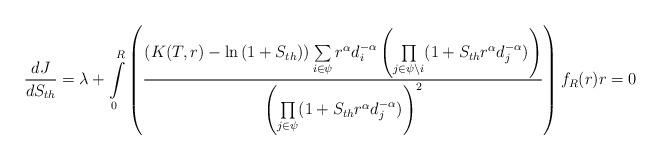
LaTeX: \begin{align*}\frac{dJ}{dS_{th}}=\lambda+\int\limits_{0}^{R}\left(\frac{\left(K(T,r)-\ln{(1+S_{th})}\right)\sum\limits_{i\in \psi}r^\alpha d_i^{-\alpha}\left ( \underset{j \in \psi\setminus i}\prod{(1+S_{th} r^\alpha d_j^{-\alpha}})\right)}{\left(\underset{j \in \psi}\prod{(1+S_{th} r^\alpha d_j^{-\alpha})}\right)^2}\right)f_R(r)r=0\end{align*}